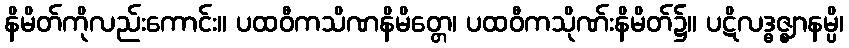
နိမိတ်ကိုလည်းကောင်း။ ပထဝီကသိဏနိမိတ္တေ၊ ပထဝီကသိုဏ်းနိမိတ်၌။ ပဋိလဒ္ဓဇ္ဈာနမ္ပိ၊